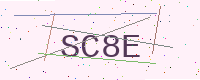
Text: SC8E